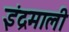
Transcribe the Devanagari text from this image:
इंद्रमाली